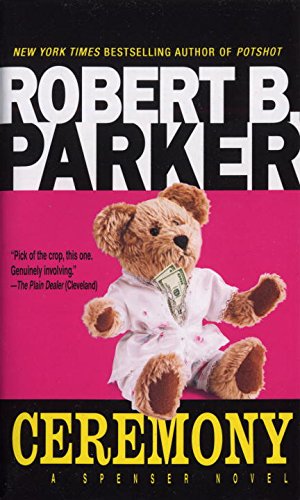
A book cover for Ceremony (Spenser); Robert B. Parker; Mystery, Thriller & Suspense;